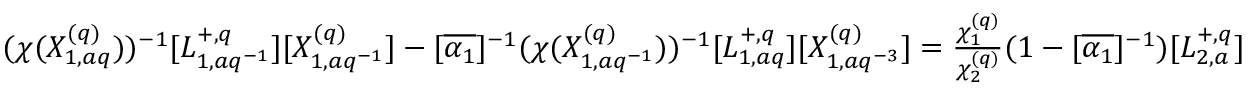
( \chi ( X _ { 1 , a q } ^ { ( q ) } ) ) ^ { - 1 } [ L _ { 1 , a q ^ { - 1 } } ^ { + , q } ] [ X _ { 1 , a q ^ { - 1 } } ^ { ( q ) } ] - [ \overline { { \alpha _ { 1 } } } ] ^ { - 1 } ( \chi ( X _ { 1 , a q ^ { - 1 } } ^ { ( q ) } ) ) ^ { - 1 } [ L _ { 1 , a q } ^ { + , q } ] [ X _ { 1 , a q ^ { - 3 } } ^ { ( q ) } ] = \textstyle \frac { \chi _ { 1 } ^ { ( q ) } } { \chi _ { 2 } ^ { ( q ) } } ( 1 - [ \overline { { \alpha _ { 1 } } } ] ^ { - 1 } ) [ L _ { 2 , a } ^ { + , q } ]